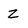
Character: z